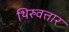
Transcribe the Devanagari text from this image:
थिरुवत्तार